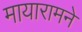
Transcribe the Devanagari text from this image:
मायारामने